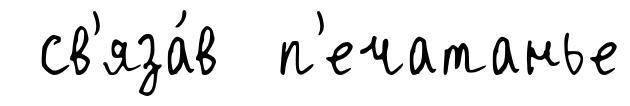
св'яза́в п'ечатанье